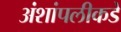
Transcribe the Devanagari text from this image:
अंशांपलीकडे